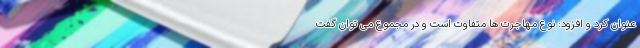
عنوان کرد و افزود: نوع مهاجرت ها متفاوت است و در مجموع می توان گفت